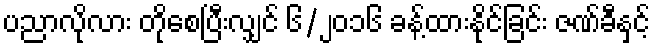
ပညာလိုလား တိုစေပြီးလျှင် ၆/၂၀၁၆ ခန့်ထားနိုင်ခြင်း ဇဏ်ခီနှင့်